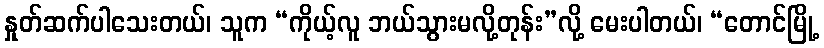
နှုတ်ဆက်ပါသေးတယ်၊ သူက “ကိုယ့်လူ ဘယ်သွားမလို့တုန်း”လို့ မေးပါတယ်၊ “တောင်မြို့